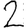
Digit: 2